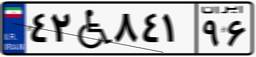
۴۲W۸۴۱۹۶